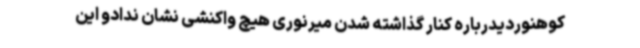
کوهنوردیدرباره کنار گذاشته شدن میرنوری هیچ واکنشی نشان ندادو این